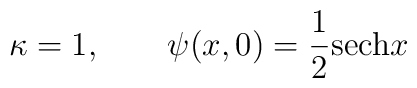
\kappa = 1,\qquad \psi (x,0) = {1\over 2} {\rm sech} x